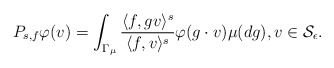
\begin{align*} P_{s,f} \varphi(v) = \int_{\Gamma_{\mu}} \frac{\langle f, g v \rangle^s}{\langle f, v \rangle^s} \varphi(g\cdot v) \mu(dg), v \in \mathcal{S}_\epsilon. \end{align*}